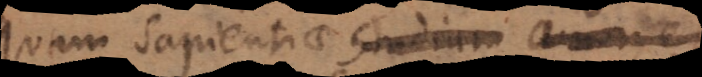
quam sapientiae studium amor,